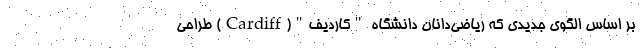
بر اساس الگوی جدیدی که ریاضی‌دانان دانشگاه "کاردیف"(Cardiff) طراحی